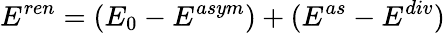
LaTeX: E^{ren}=(E_{0}-E^{asym})+(E^{as}-E^{div})